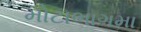
મોટાભાગમા